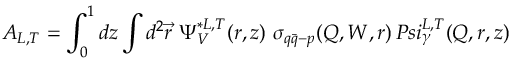
A _ { L , T } = \int _ { 0 } ^ { 1 } d z \int d ^ { 2 } \vec { r } \ \Psi _ { V } ^ { * L , T } ( r , z ) \ \sigma _ { q \bar { q } - p } ( Q , W , r ) \, P s i _ { \gamma } ^ { L , T } ( Q , r , z )